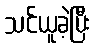
သင်ယူခဲ့ပြီး